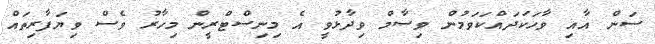
ސަން އާއި ވާހަކަދައްކަވަމުން ވިސާމް ވިދާޅުވީ އެ މިނިސްޓްރީން މިހާރު ވެސް ވިޔަފާރިތައް